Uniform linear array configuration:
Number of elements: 24
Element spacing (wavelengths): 0.5
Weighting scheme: cosine
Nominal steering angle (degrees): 0
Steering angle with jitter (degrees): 0.4965
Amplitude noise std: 0.05
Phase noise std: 0.05

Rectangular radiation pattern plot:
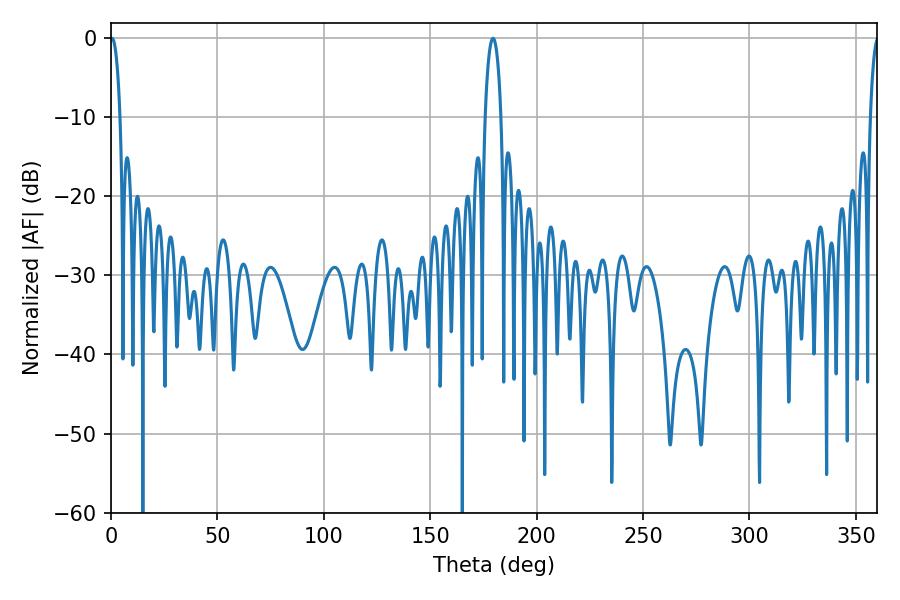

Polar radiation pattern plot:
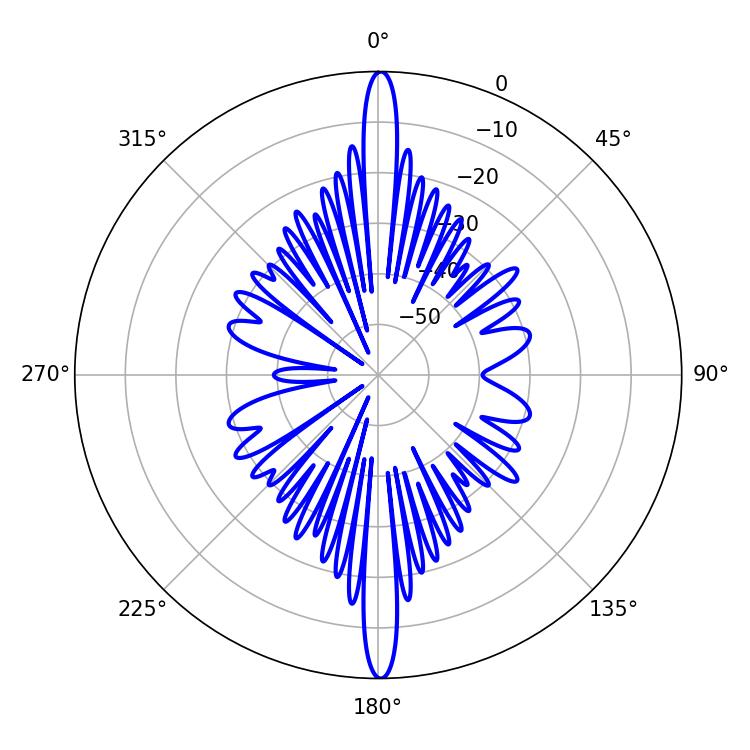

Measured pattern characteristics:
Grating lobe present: FALSE
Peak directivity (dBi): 31.318
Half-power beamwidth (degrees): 2.7
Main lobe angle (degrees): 0.54